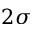
2 \sigma